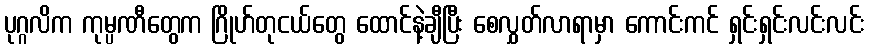
ပုဂ္ဂလိက ကုမ္ပဏီတွေက ဂြိုဟ်တုငယ်တွေ ထောင်နဲ့ချီပြီး စေလွှတ်လာရာမှာ ကောင်းကင် ရှင်းရှင်းလင်းလင်း